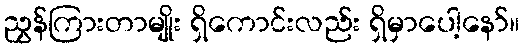
ညွှန်ကြားတာမျိုး ရှိကောင်းလည်း ရှိမှာပေါ့နော်။